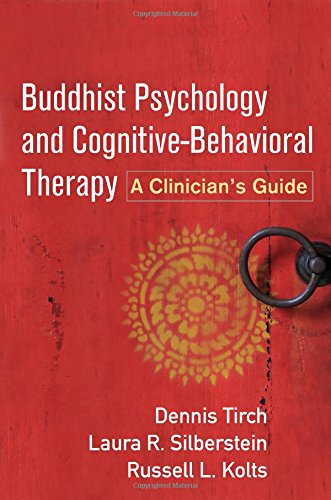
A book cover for Buddhist Psychology and Cognitive-Behavioral Therapy: A Clinician's Guide; Dennis Tirch PhD; Christian Books & Bibles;